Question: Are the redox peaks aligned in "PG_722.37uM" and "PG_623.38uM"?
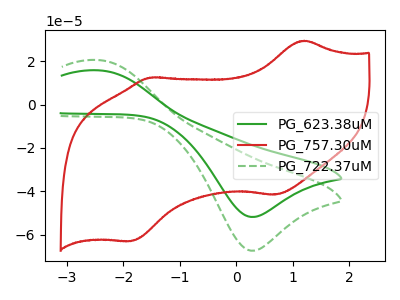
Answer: <think>The green curve "PG_623.38uM" has an anodic peak at (-2.45V, 15.75uA) and a cathodic peak at (0.30V, -51.80uA). The red curve "PG_757.30uM" has anodic peaks at (1.20V, 29.40uA) (-1.55V, 12.45uA) and cathodic peaks at (0.70V, -41.50uA) (-1.85V, -62.95uA). The green dashed curve "PG_722.37uM" has an anodic peak at (-2.45V, 20.50uA) and a cathodic peak at (0.30V, -67.35uA).</think>
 <answer>Yes, "PG_722.37uM" have a peak in "PG_623.38uM" at the same potential.</answer>
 <eval>match</eval>